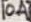
Text: 10A